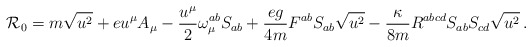
\begin{align*}{\cal R}_0=m\sqrt{u^2}+eu^{\mu}A_{\mu}-\frac{u^{\mu}}{2}{\omega}_{\mu}^{ab}S_{ab}+\frac{eg}{4m}F^{ab}S_{ab}\sqrt{u^2}-\frac{\kappa}{8m}R^{abcd}S_{ab}S_{cd}\sqrt{u^2}\, . \end{align*}